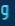
و